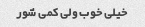
خیلی خوب ولی کمی شور